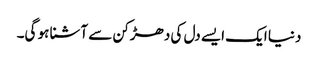
دنیا ایک ایسے دل کی دھڑکن سے آشنا ہو گی۔